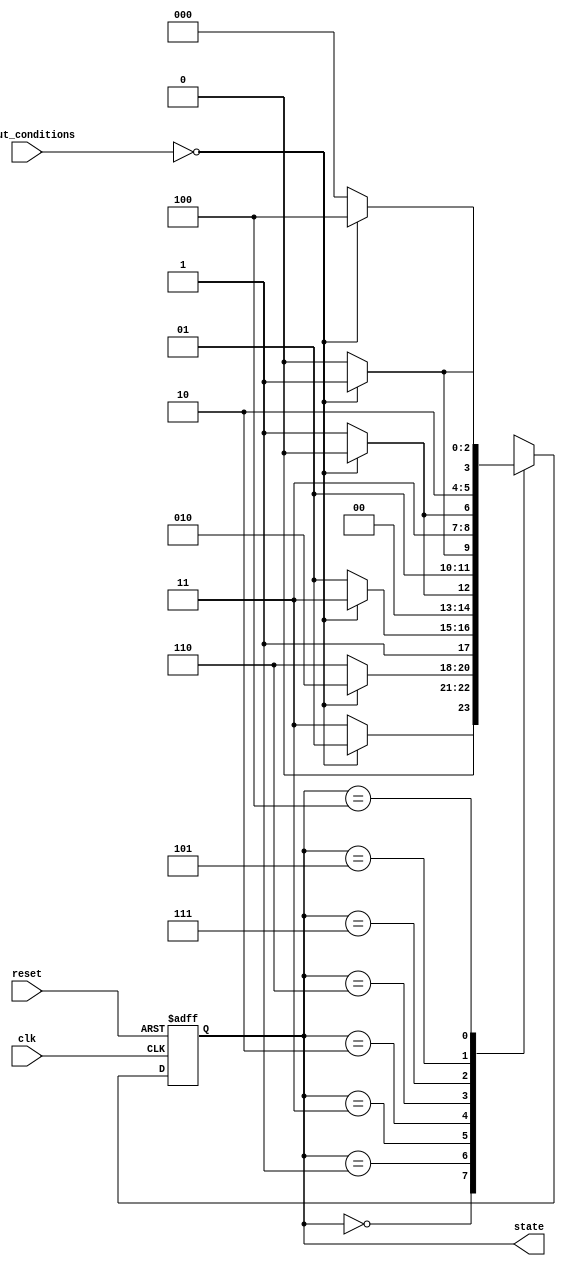
module Gray_Code_State_Machine(
    input wire clk,
    input wire reset,
    input wire [1:0] input_conditions,
    output wire [2:0] state
);

// State encoding with Gray Code
parameter S0 = 3'b000;
parameter S1 = 3'b001;
parameter S2 = 3'b011;
parameter S3 = 3'b010;
parameter S4 = 3'b110;
parameter S5 = 3'b111;
parameter S6 = 3'b101;
parameter S7 = 3'b100;

reg [2:0] next_state, current_state;

always @(posedge clk or posedge reset) begin
    if (reset) begin
        current_state <= S0;
    end else begin
        current_state <= next_state;
    end
end

always @(current_state, input_conditions) begin
    case (current_state)
        S0: begin
            if (input_conditions == 2'b00)
                next_state = S1;
            else
                next_state = S2;
        end
        S1: begin
            if (input_conditions == 2'b00)
                next_state = S3;
            else
                next_state = S4;
        end
        S2: begin
            if (input_conditions == 2'b00)
                next_state = S5;
            else
                next_state = S6;
        end
        S3: begin
            if (input_conditions == 2'b00)
                next_state = S0;
            else
                next_state = S1;
        end
        S4: begin
            if (input_conditions == 2'b00)
                next_state = S2;
            else
                next_state = S3;
        end
        S5: begin
            if (input_conditions == 2'b00)
                next_state = S4;
            else
                next_state = S5;
        end
        S6: begin
            if (input_conditions == 2'b00)
                next_state = S6;
            else
                next_state = S7;
        end
        S7: begin
            if (input_conditions == 2'b00)
                next_state = S7;
            else
                next_state = S0;
        end
    endcase
end

assign state = current_state;

endmodule